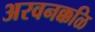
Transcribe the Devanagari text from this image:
अरवनक्कळि